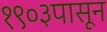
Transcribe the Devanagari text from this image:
१९०३पासून